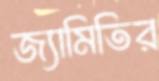
জ্যামিতির